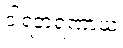
ဒါရဘရဏာယ